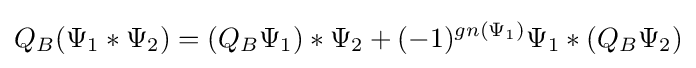
Q_{B}(\Psi _{1}*\Psi _{2})=(Q_{B}\Psi _{1})*\Psi _{2}+(-1)^{gn(\Psi _{1})}\Psi _{1}*(Q_{B}\Psi _{2})